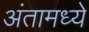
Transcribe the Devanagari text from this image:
अंतामध्ये